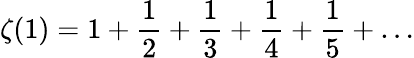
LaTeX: \zeta(1)=1+{\frac{1}{2}}+{\frac{1}{3}}+{\frac{1}{4}}+{\frac{1}{5}}+\ldots